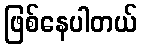
ဖြစ်နေပါတယ်